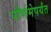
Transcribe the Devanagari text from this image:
पौर्णमेपर्यंत